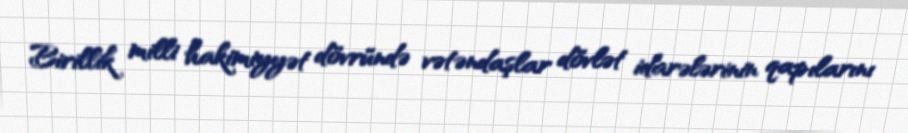
Birillik milli hakimiyyət dövründə vətəndaşlar dövlət idarələrinin qapılarını